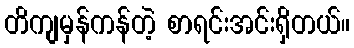
တိကျမှန်ကန်တဲ့ စာရင်းအင်းရှိတယ်။